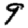
Digit: 9